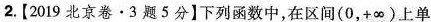
2.【2019北京卷\cdot3题5分】下列函数中，在区间(0，+∞)上单